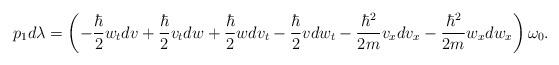
LaTeX: \begin{gather*}p_1d\lambda=\left(-\frac{\hbar}{2}w_tdv+\frac{\hbar}{2}v_tdw+\frac{\hbar}{2}wdv_t-\frac{\hbar}{2}vdw_t-\frac{\hbar^2}{2m}v_xdv_x-\frac{\hbar^2}{2m}w_xdw_x\right) \omega_0.\end{gather*}